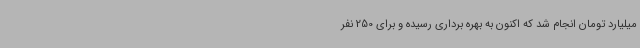
میلیارد تومان انجام شد که اکنون به بهره برداری رسیده و برای 250 نفر